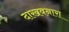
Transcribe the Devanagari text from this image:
दाखवनारा